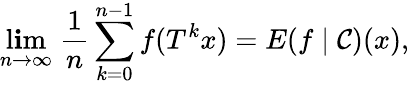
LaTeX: \operatorname*{l\mathbf{i}m}_{n\rightarrow\infty}\; {\frac{{1}}{{n}}}\sum_{k=0}^{n-1}f(T^{k}x)=E(f\mid{\mathcal{{C}}})(x),